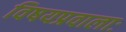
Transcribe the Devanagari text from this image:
विषयप्रवालाः